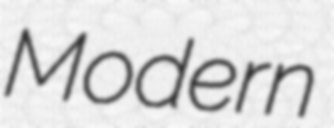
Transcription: Modern